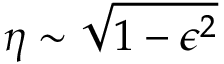
\eta \sim \sqrt { 1 - \epsilon ^ { 2 } }